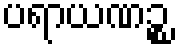
ပရာယဏဉ္စ